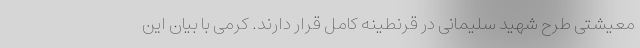
معیشتی طرح شهید سلیمانی در قرنطینه کامل قرار دارند. کرمی با بیان این